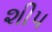
શીપ